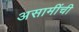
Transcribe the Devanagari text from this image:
असामींची